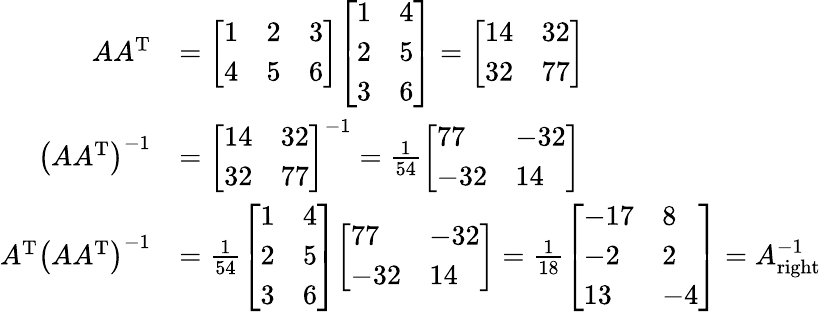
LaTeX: {\begin{array}{rl}{AA^{\mathrm{T}}}&{={\left[\begin{array}{lll}{1}&{2}&{3}\\ {4}&{5}&{6}\end{array}\right]}{\left[\begin{array}{ll}{1}&{4}\\ {2}&{5}\\ {3}&{6}\end{array}\right]}={\left[\begin{array}{ll}{14}&{32}\\ {32}&{77}\end{array}\right]}}\\ {\left(AA^{\mathrm{T}}\right)^{-1}}&{={\left[\begin{array}{ll}{14}&{32}\\ {32}&{77}\end{array}\right]}^{-1}={\frac{1}{54}}{\left[\begin{array}{ll}{77}&{-32}\\ {-32}&{14}\end{array}\right]}}\\ {A^{\mathrm{T}}\left(AA^{\mathrm{T}}\right)^{-1}}&{={\frac{1}{54}}{\left[\begin{array}{ll}{1}&{4}\\ {2}&{5}\\ {3}&{6}\end{array}\right]}{\left[\begin{array}{ll}{77}&{-32}\\ {-32}&{14}\end{array}\right]}={\frac{1}{18}}{\left[\begin{array}{ll}{-17}&{8}\\ {-2}&{2}\\ {13}&{-4}\end{array}\right]}=A_{\mathrm{right}}^{-1}}\end{array}}